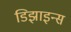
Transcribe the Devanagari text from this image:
डिझाइन्स